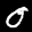
Label: 0